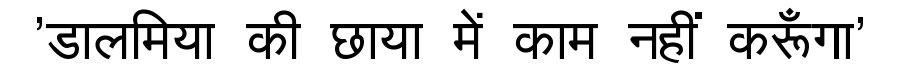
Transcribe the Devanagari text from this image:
'डालमिया की छाया में काम नहीं करूँगा'